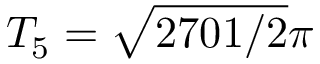
T _ { 5 } = \sqrt { 2 7 0 1 / 2 } \pi